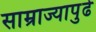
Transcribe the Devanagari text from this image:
साम्राज्यापुढे